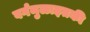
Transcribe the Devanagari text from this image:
वर्गमुळाइतकी